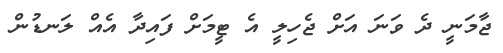
ޖާމަނީ ދެ ވަނަ އަށް ޖެހިލީ އެ ޓީމަށް ފައިދާ އެއް ލަނޑުން